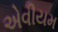
એવીયમ